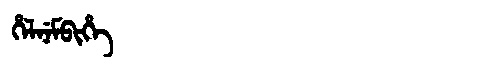
Manchu: ᡥᡝᠯᠨᡝᠮᠪᡳᡥᡝ
Romanization: HELNEMBIHE